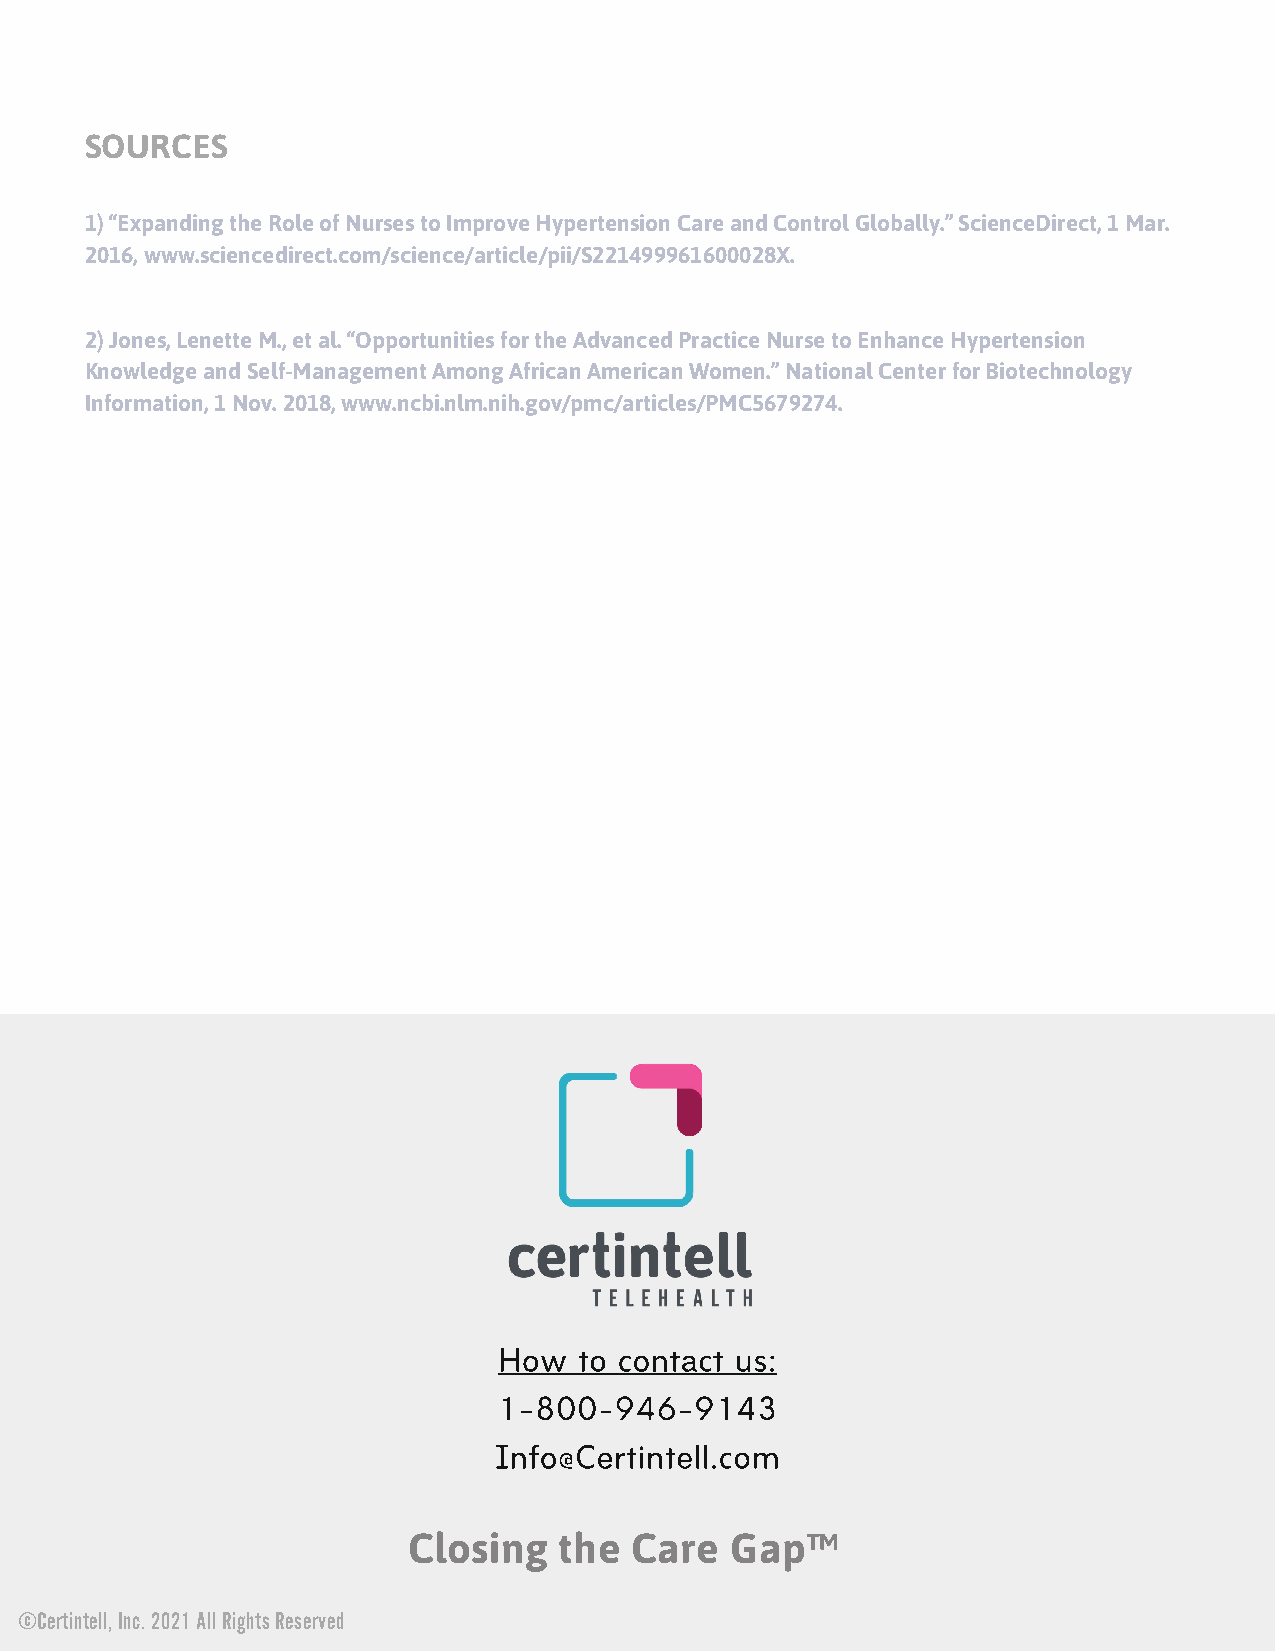
SOURCES
 1) “Expanding the Role of Nurses to Improve Hypertension Care and Control Globally.” ScienceDirect, 1 Mar.
 2016, www.sciencedirect.com/science/article/pii/S221499961600028X.
 2) Jones, Lenette M., et al. “Opportunities for the Advanced Practice Nurse to Enhance Hypertension
 Knowledge and Self-Management Among African American Women.” National Center for Biotechnology
 Information, 1 Nov. 2018, www.ncbi.nlm.nih.gov/pmc/articles/PMC5679274.
 How  to contact us:
 1-800-946-9143
 Info@Certintell.com
 Closing   the  Care  Gap™
 ©Certintell, Inc. 2021 All Rights Reserved